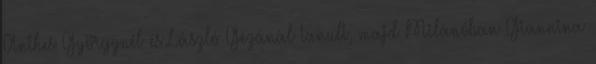
Anthes Györgynél és László Gézánál tanult, majd Milánóban Giannina